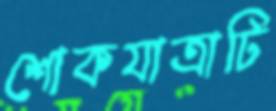
শোকযাত্রাটি